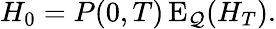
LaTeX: H_{0}=P(0,T)\operatorname{E}_{\mathcal{Q}}(H_{T}).